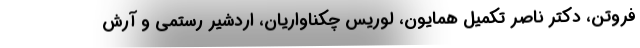
فروتن، دکتر ناصر تکمیل همایون، لوریس چکناواریان، اردشیر رستمی و آرش